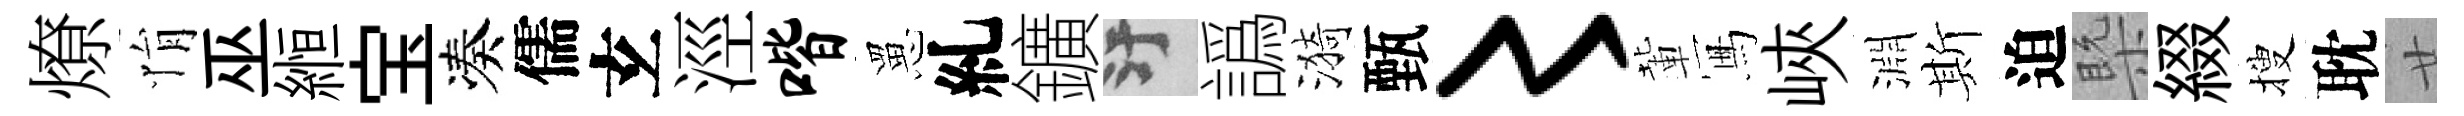
燎悁巫縆宝凑儒𤣥涇喈罳糺鑛污譌漪甄〻輩冩峽淵斯迫槩綴搜耽廿